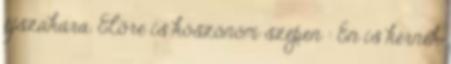
éjszakára. Elõre is köszönöm szépen : Én is kérnék